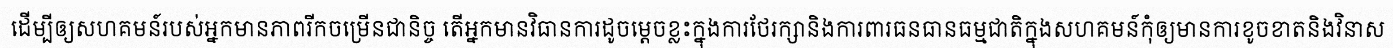
ដើម្បីឲ្យសហគមន៍របស់អ្នកមានភាពរីកចម្រើនជានិច្ច តើអ្នកមានវិធានការដូចម្តេចខ្លះក្នុងការថែរក្សានិងការពារធនធានធម្មជាតិក្នុងសហគមន៍កុំឲ្យមានការខូចខាតនិងវិនាស